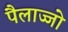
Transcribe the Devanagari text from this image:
पैलाज्जो